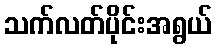
သက်လတ်ပိုင်းအရွယ်